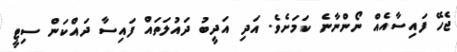
ޖެހޭ ފައިސާއެއް ނޯންނާނެ ކަމަށެވެ. އަދި އަދީބު ދައުލަތައް ފައިސާ ދައްކަން ސިޓީ